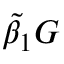
\tilde { \beta } _ { 1 } G